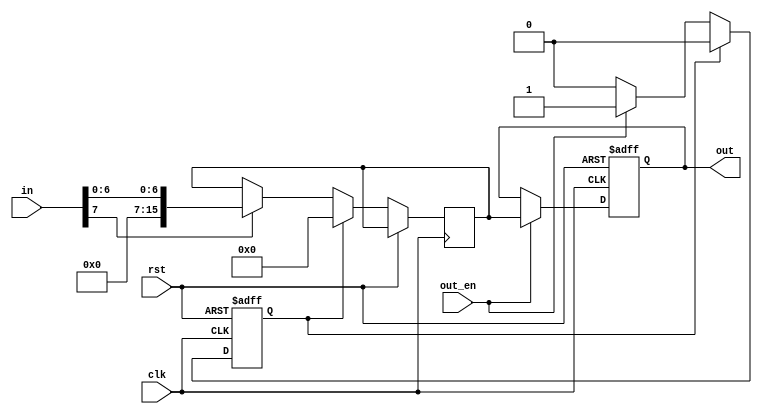
module keyboard (
  input clk,
  input rst,
  input out_en,
  input [7:0] in,
  output reg [15:0] out
);

  reg [15:0] buffer;
  reg delay;

  always @(posedge clk or posedge rst) begin
    if (rst) begin
      out <= 0;
      delay <= 0;
    end else begin
      if (in[7]) begin
        buffer <= {9'b0, in[6:0]};
      end
      if (out_en) begin
        out <= buffer;
        delay <= 1;
      end
      if (delay) begin
        delay <= 0;
        buffer <= 0;
      end
    end
  end
endmodule